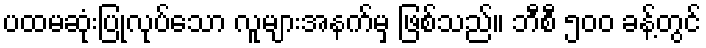
ပထမဆုံးပြုလုပ်သော လူများအနက်မှ ဖြစ်သည်။ ဘီစီ ၅၀၀ ခန့်တွင်